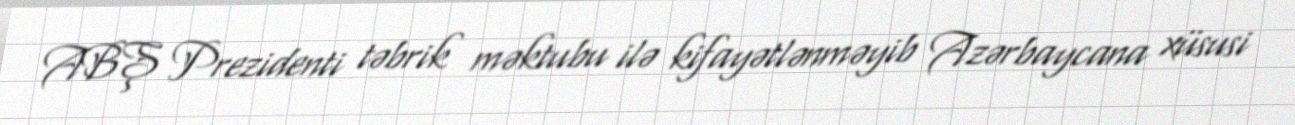
ABŞ Prezidenti təbrik məktubu ilə kifayətlənməyib Azərbaycana xüsusi